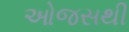
ઓજસથી